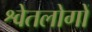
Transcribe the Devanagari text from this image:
श्वेतलोगों